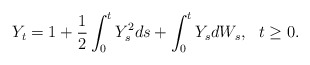
\begin{align*}Y_{t}=1+\frac{1}{2}\int_{0}^{t}Y_{s}^{2}ds+\int_{0}^{t}Y_{s}dW_{s},\ \ t\geq0. \end{align*}